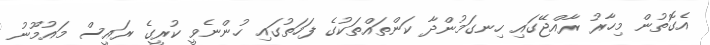
އެގޮތުން މިހާރު ރާއްޖޭގައި ހިނގަމުންދާ ކަންތައްތަކުގެ ފަހަތުގައި ހުންނެވީ ކުރީގެ ރައީސް މައުމޫނު